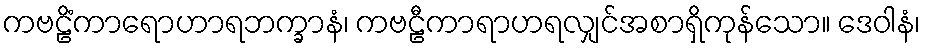
ကဗဠိံကာရောဟာရဘက္ခာနံ၊ ကဗဠီကာရာဟရလျှင်အစာရှိကုန်သော။ ဒေဝါနံ၊